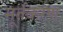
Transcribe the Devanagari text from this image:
मूर्तकरण